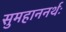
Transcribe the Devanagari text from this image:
सुमहाननर्थः